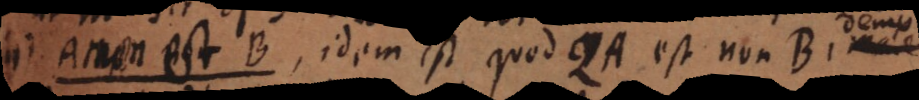
A non est B, idem est quod QA est non B, male.